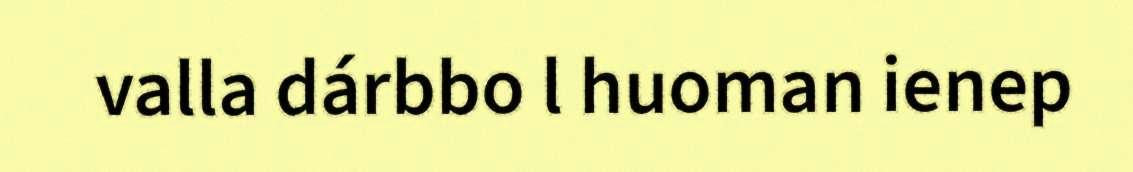
valla dárbbo l huoman ienep